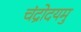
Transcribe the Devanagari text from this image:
चंद्रोदयमु